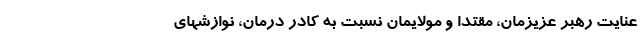
عنایت رهبر عزیزمان، مقتدا و مولایمان نسبت به کادر درمان، نوازشهای